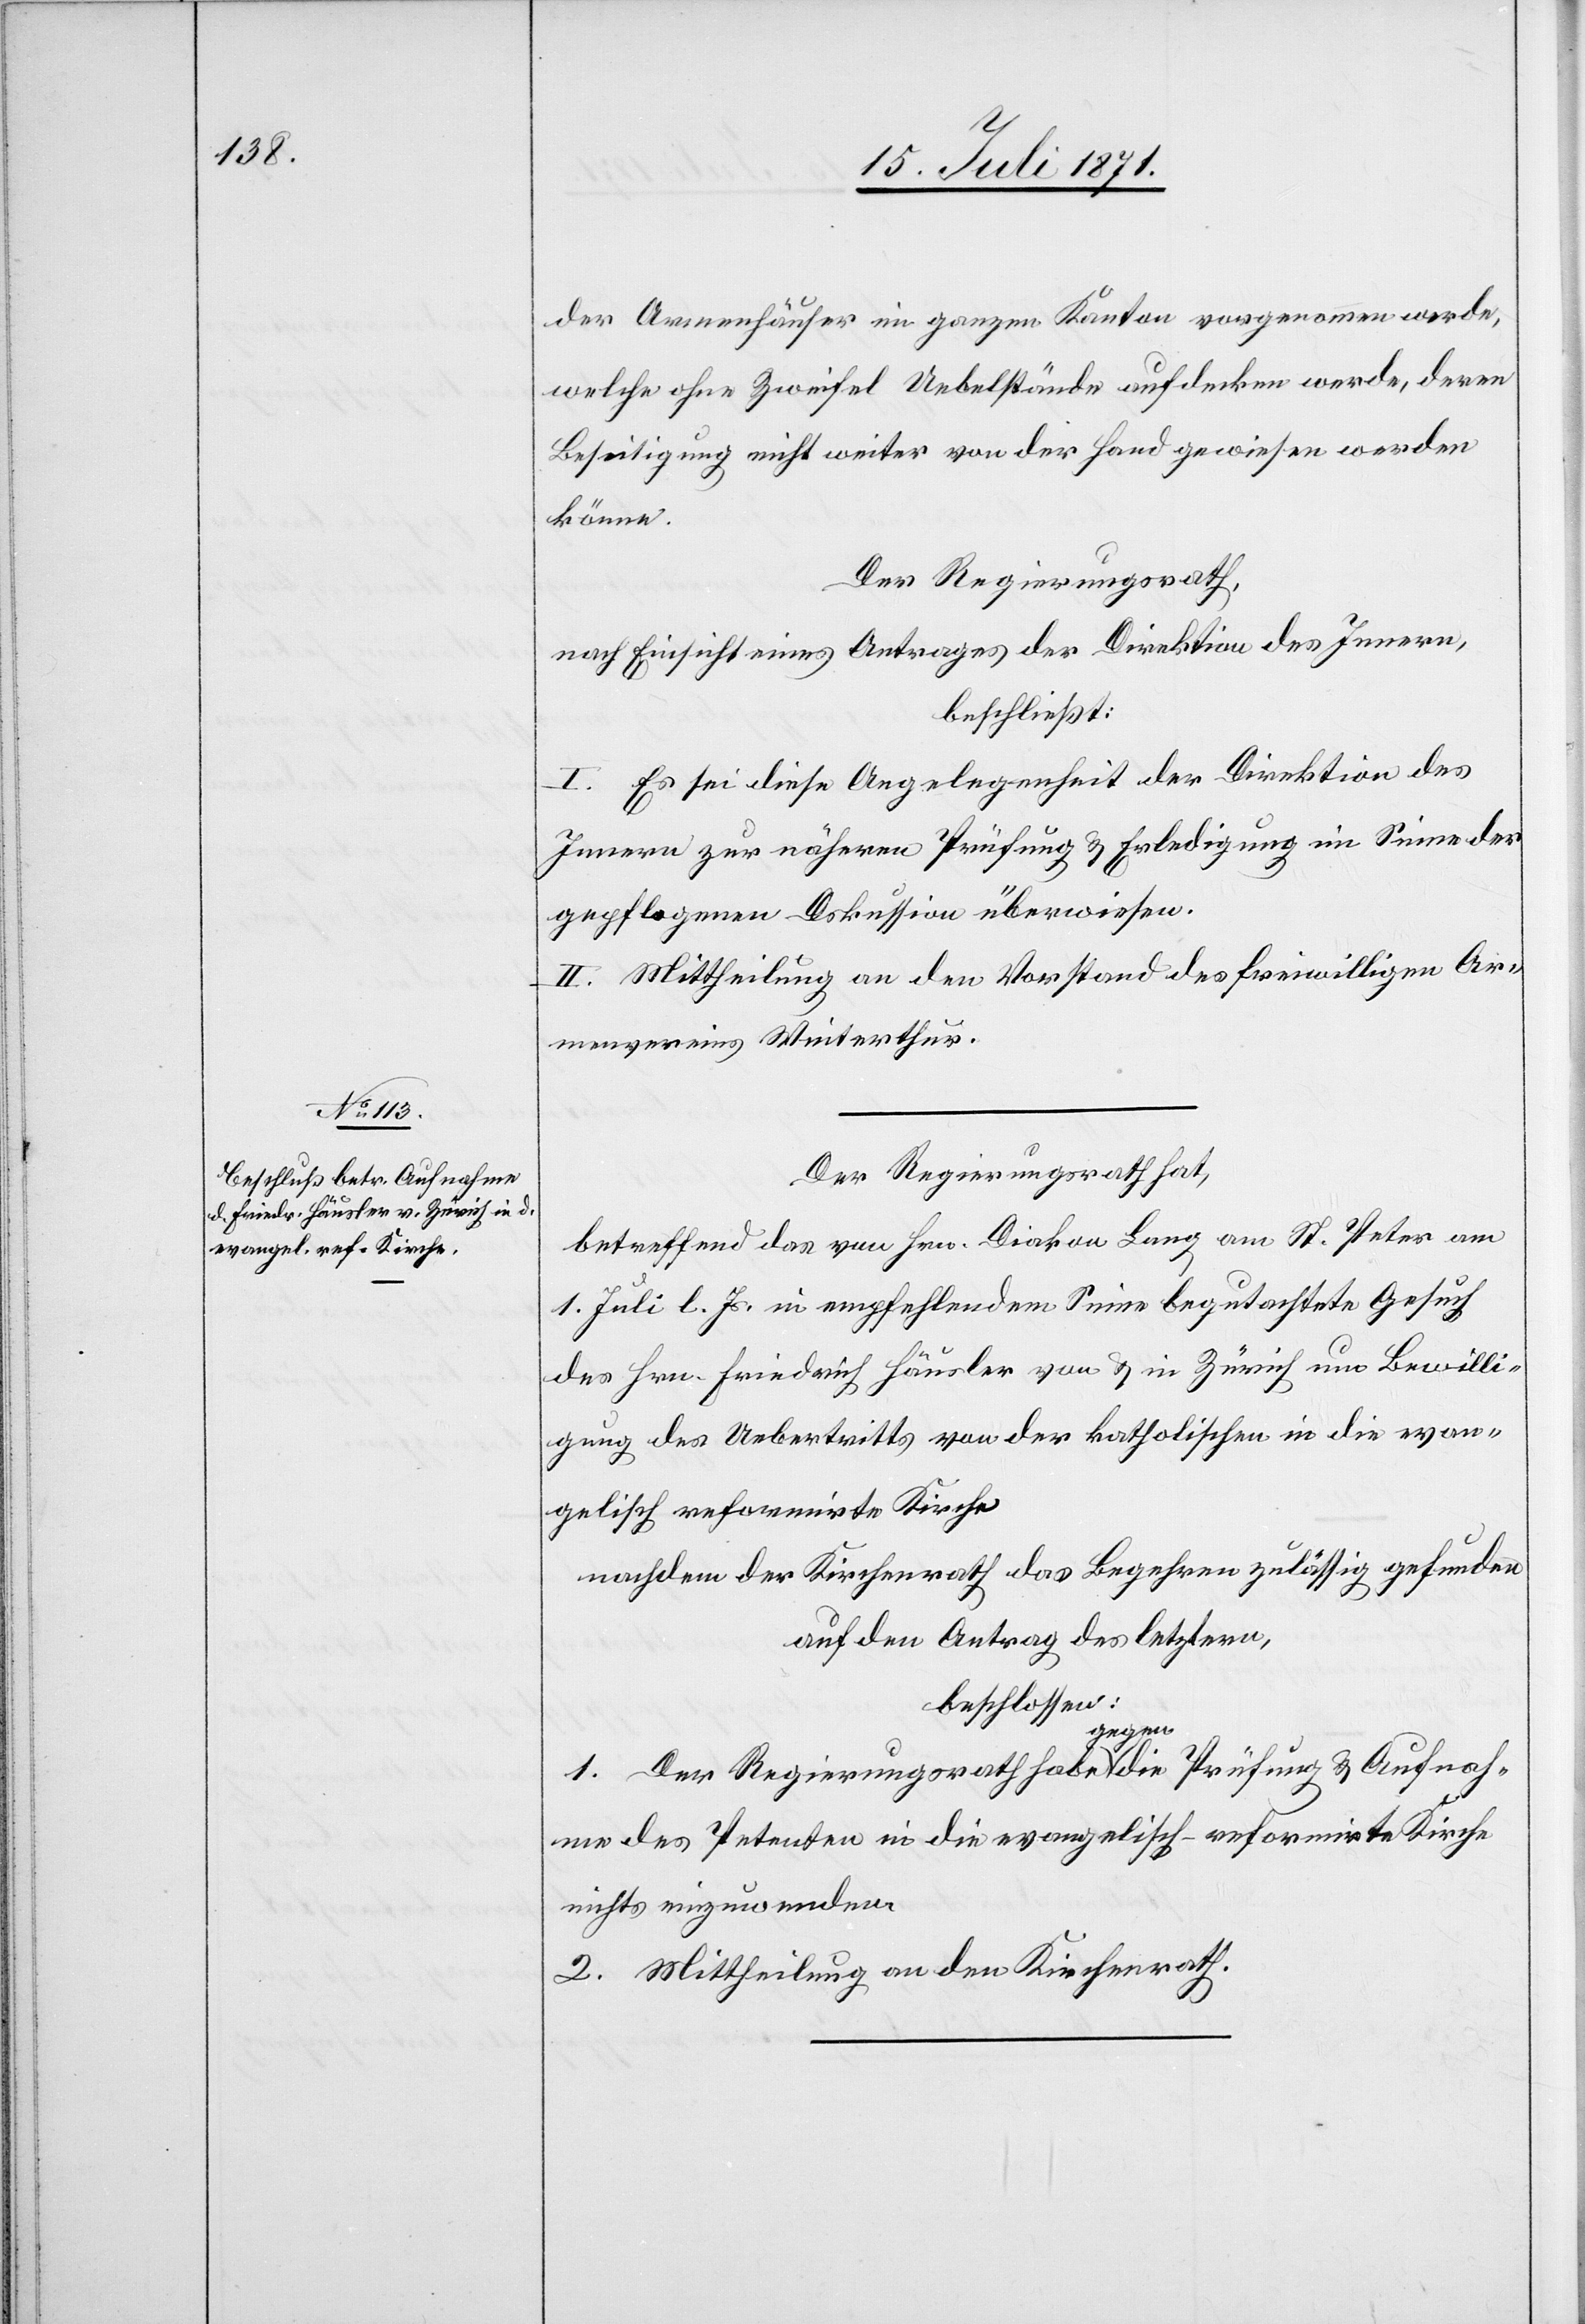
der Armenhäuser im ganzen Kanton vorgenommen werde,
welche ohne Zweifel Uebelstände aufdecken werde, deren
Beseitigung nicht weiter von der Hand gewiesen werden
könne.
Der Regierungsrath,
nach Einsicht eines Antrages der Direktion des Innern,
beschließt:
I. Es sei diese Angelegenheit der Direktion des
Innern zur nähern Prüfung u. Erledigung im Sinne der
gepflogenen Diskussion überwiesen.
II. Mittheilung an den Vorstand des freiwilligen Ar¬
menvereins Winterthur.
betreffend das von Hrn. Diakon Lang am St. Peter am
1. Juli l. Js. in empfehlendem Sinne begutachtete Gesuch
des Hrn. Friedrich Häusler von u. in Zürich um Bewilli¬
gung des Uebertritts von der katholischen in die evan¬
gelisch reformirte Kirche
nachdem der Kirchenrath das Begehren zulässig gefunden
auf den Antrag des letztern,
beschlossen:
1. Der Regierungsrath habe gegen die Prüfung u. Aufnah¬
me des Petenten in die evangelisch-reformirte Kirche
nichts einzuwenden.
2. Mittheilung an den Kirchenrath.